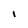
Character: I